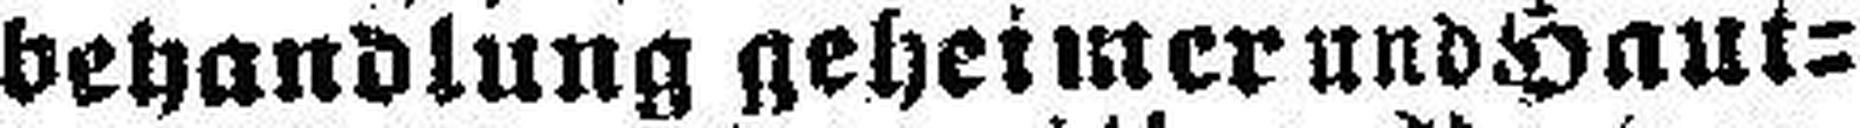
behandlung geheimer und Haut¬